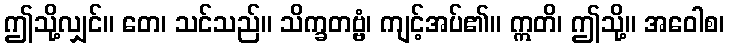
ဤသို့လျှင်။ တေ၊ သင်သည်။ သိက္ခတဗ္ဗံ၊ ကျင့်အပ်၏။ ဣတိ၊ ဤသို့။ အဝေါစ၊